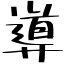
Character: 導